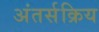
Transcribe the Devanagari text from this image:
अंतर्सक्रिय